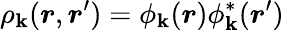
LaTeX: \rho_{\mathbf{k}}(\boldsymbol{r},\boldsymbol{r}^{\prime})=\phi_{\mathbf{k}}(\boldsymbol{r})\phi_{\mathbf{k}}^{*}(\boldsymbol{r}^{\prime})